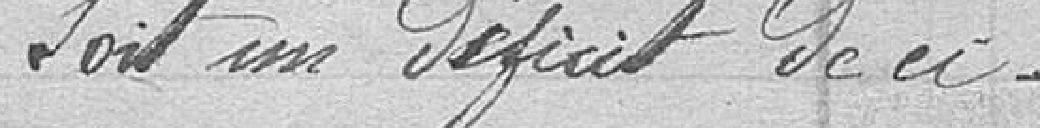
Soit un déficit de ci